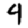
Digit: 4